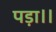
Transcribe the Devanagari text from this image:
पड़ा।।